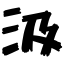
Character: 汲